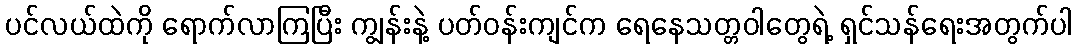
ပင်လယ်ထဲကို ရောက်လာကြပြီး ကျွန်းနဲ့ ပတ်ဝန်းကျင်က ရေနေသတ္တဝါတွေရဲ့ ရှင်သန်ရေးအတွက်ပါ